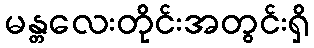
မန္တလေးတိုင်းအတွင်းရှိ